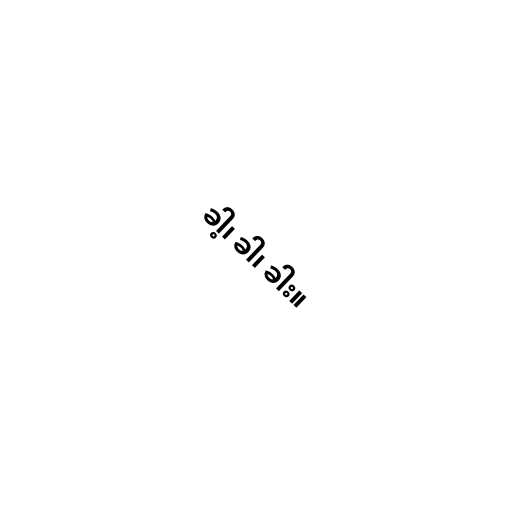
ခါ့၊ ခါ၊ ခါး။